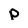
Character: p